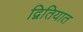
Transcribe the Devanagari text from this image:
द्वितियात